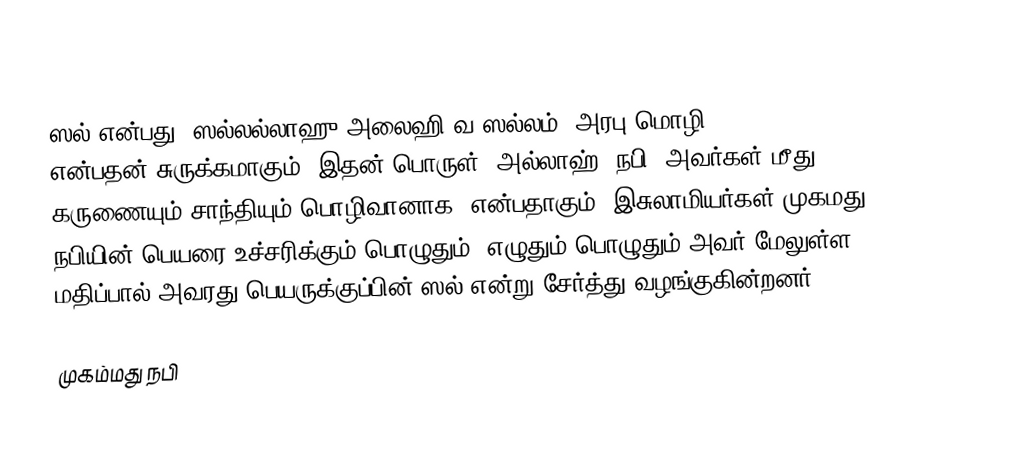
ஸல் என்பது 'ஸல்லல்லாஹு அலைஹி வ ஸல்லம்'(அரபு மொழிصلى الله عليه وسلم) என்பதன் சுருக்கமாகும். இதன் பொருள் "அல்லாஹ் (நபி) அவர்கள் மீது கருணையும் சாந்தியும் பொழிவானாக" என்பதாகும். இசுலாமியர்கள் முகமது நபியின் பெயரை உச்சரிக்கும் பொழுதும், எழுதும் பொழுதும் அவர் மேலுள்ள மதிப்பால் அவரது பெயருக்குப்பின் ஸல் என்று சேர்த்து வழங்குகின்றனர்.

முகம்மது நபி